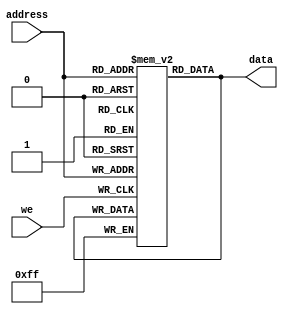
module PROM(
  input wire [7:0] address,
  input wire we,
  output reg [7:0] data
);

reg [7:0] memory [0:255];

always @(posedge we) begin
  memory[address] <= data;
end

assign data = memory[address];

endmodule